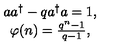
\begin{array} { c } { a a ^ { \dagger } - q a ^ { \dagger } a = 1 , } \\ { \varphi ( n ) = \frac { q ^ { n } - 1 } { q - 1 } , } \\ \end{array}